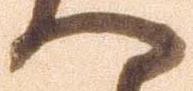
へ